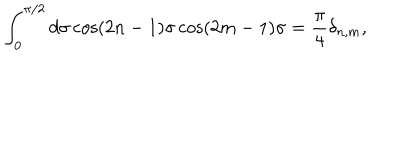
\int _ { 0 } ^ { \pi / 2 } d \sigma \cos ( 2 n - 1 ) \sigma \cos ( 2 m - 1 ) \sigma = \frac { \pi } { 4 } \delta _ { n , m } ,